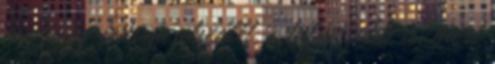
hogy egy írásom elszállt, s talán jobb is, mert